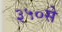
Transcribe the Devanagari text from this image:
३५०से